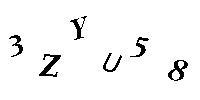
3ZYU58